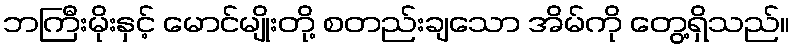
ဘကြီးမိုးနှင့် မောင်မျိုးတို့ စတည်းချသော အိမ်ကို တွေ့ရှိသည်။